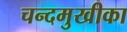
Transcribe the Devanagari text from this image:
चन्दमुखीका